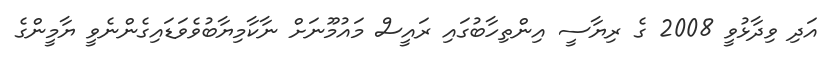
އަދި ވިދާޅުވީ 2008 ގެ ރިޔާސީ އިންތިހާބުގައި ރައީސް މައުމޫނަށް ނާކާމިޔާބުވެވަޑައިގެންނެވީ ޔާމީންގެ